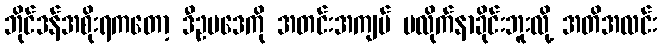
ဘိုင်ဒန်အစိုးရကတော့ ဒီဥပဒေကို အတင်းအကျပ် မလိုက်နာခိုင်းဘူးလို့ အတိအလင်း